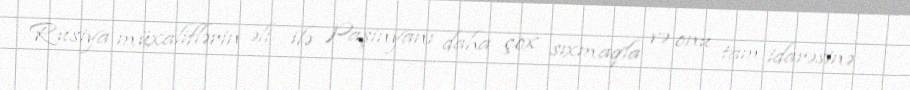
Rusiya müxaliflərin əli ilə Paşinyanı daha çox sıxmaqla və onu tam idarəsinə